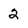
Character: 2